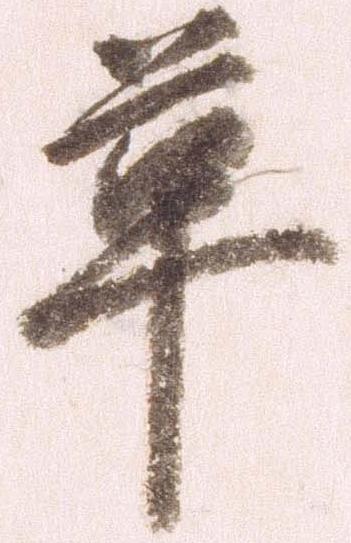
革